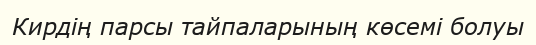
Кирдің парсы тайпаларының көсемі болуы